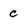
Character: c